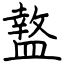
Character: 盩